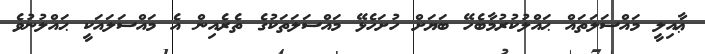
ޢާއިލީ މައްސަލަތައް ޙައްލުކުރުމާބެހޭ ބަޔަށް ހުށަހެޅޭ މައްސަލަތަކުގެ ތެރެއިން އެ މައްސަލައަކީ ޙައްލުނުވެ